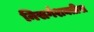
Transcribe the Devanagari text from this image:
निसर्गशक्तीस